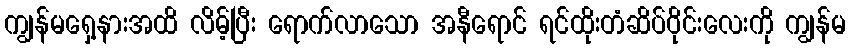
ကျွန်မရှေ့နားအထိ လိမ့်ပြီး ရောက်လာသော အနီရောင် ရင်ထိုးတံဆိပ်ဝိုင်းလေးကို ကျွန်မ